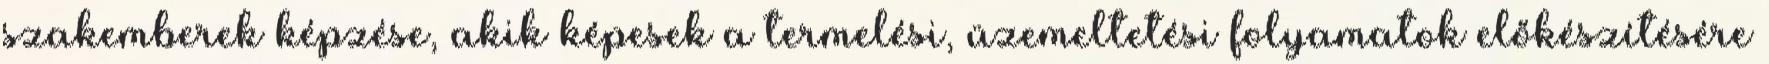
szakemberek képzése, akik képesek a termelési, üzemeltetési folyamatok előkészítésére